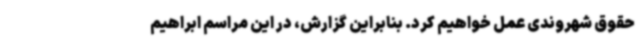
حقوق شهروندی عمل خواهیم کرد. بنابراین گزارش، در این مراسم ابراهیم